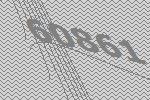
60861